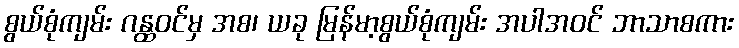
စွယ်စုံကျမ်း ဂန္ထဝင်မှ အစ၊ ယခု မြန်မာ့စွယ်စုံကျမ်း အပါအဝင် ဘာသာစကား